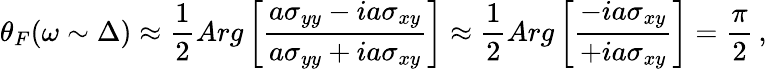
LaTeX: \theta_{F}(\omega\sim\Delta)\approx\frac{1}{2}Arg\left[\frac{a\sigma_{yy}-ia\sigma_{xy}}{a\sigma_{yy}+ia\sigma_{xy}}\right]\approx\frac{1}{2}Arg\left[\frac{-ia\sigma_{xy}}{+ia\sigma_{xy}}\right]=\frac{\pi}{2}\, ,